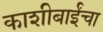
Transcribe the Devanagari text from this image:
काशीबाईंचा